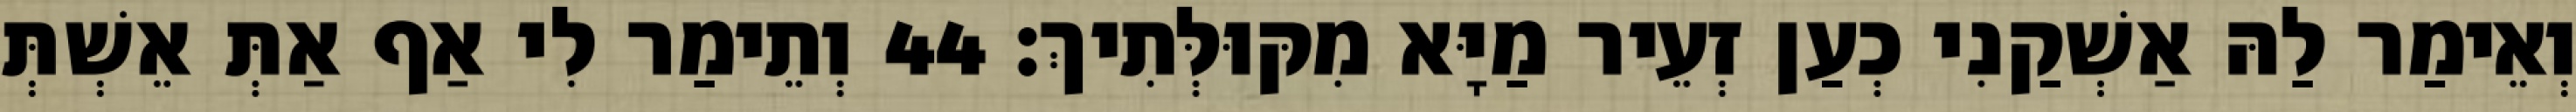
וְאֵימַר לַהּ אַשְׁקַנִי כְעַן זְעֵיר מַיָּא מִקּוּלְּתִיךְ׃ 44 וְתֵימַר לִי אַף אַתְּ אֵשְׁתְּ